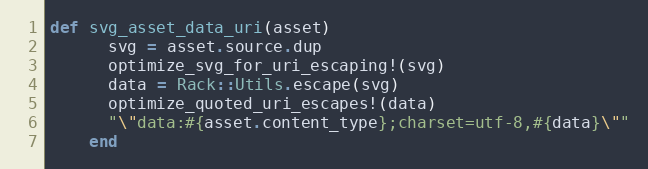
Language: Ruby
def svg_asset_data_uri(asset)
      svg = asset.source.dup
      optimize_svg_for_uri_escaping!(svg)
      data = Rack::Utils.escape(svg)
      optimize_quoted_uri_escapes!(data)
      "\"data:#{asset.content_type};charset=utf-8,#{data}\""
    end